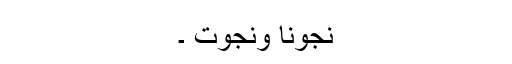
نجونا ونجوت ۔